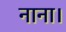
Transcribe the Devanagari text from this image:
नाना।